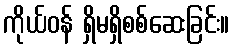
ကိုယ်ဝန် ရှိမရှိစစ်ဆေးခြင်း။